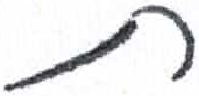
אות: ת